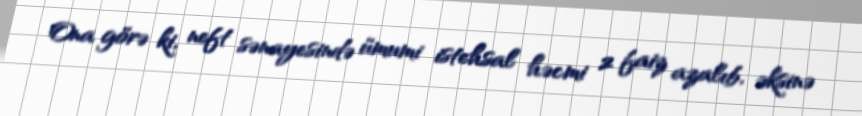
Ona görə ki, neft sənayesində ümumi istehsal həcmi 2 faiz azalıb, əksinə